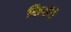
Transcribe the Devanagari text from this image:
किग्रॅचे